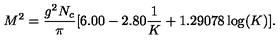
M ^ { 2 } = \frac { g ^ { 2 } N _ { c } } { \pi } [ 6 . 0 0 - 2 . 8 0 \frac { 1 } { K } + 1 . 2 9 0 7 8 \log ( K ) ] .